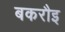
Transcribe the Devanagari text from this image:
बकरौइ